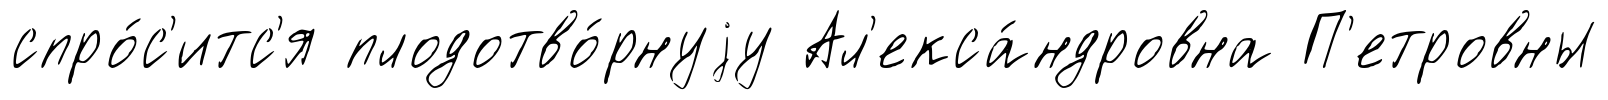
спро́с'итс'я плодотво́рнуjу Ал'екса́ндровна П'етровны